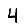
Digit: 4